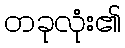
တခုလုံး၏